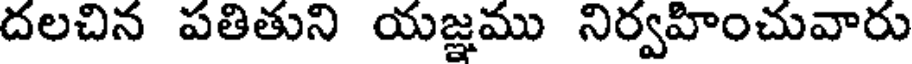
దలచిన పతితుని యజ్ఞము నిర్వహించువారు